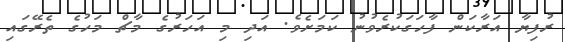
ރުފިޔާ އަރާކަން ފާހަގަކުރެވުނު ކަމަށެވެ. އަދި މި އަހަރުގެ މާޗް މަހުގެ ތެރޭގައި